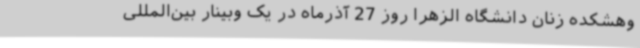
وهشکده زنان دانشگاه الزهرا روز 27 آذرماه در یک وبینار بین‌المللی